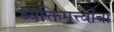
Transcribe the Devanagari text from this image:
व्यक्तिमत्त्वांचा